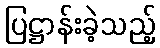
ပြဋ္ဌာန်းခဲ့သည့်